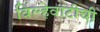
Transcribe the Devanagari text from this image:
विल्हेवाटीची